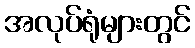
အလုပ်ရုံများတွင်